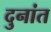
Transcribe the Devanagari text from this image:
दुनांत